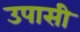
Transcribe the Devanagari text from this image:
उपासी